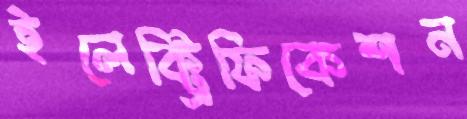
ইলেক্ট্রিফিকেশন